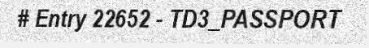
# Entry 22652 - TD3_PASSPORT